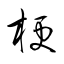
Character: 梗